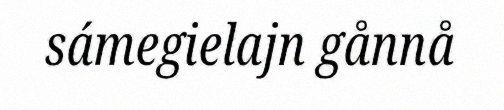
sámegielajn gånnå